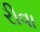
રીવા